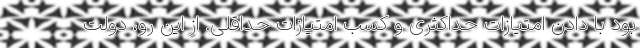
بود با دادن امتیازات حداکثری و کسب امتیازات حداقلی. از این رو، دولت